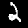
Label: 2